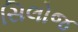
સિલોજ